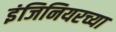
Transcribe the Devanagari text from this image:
इंजिनियरच्या